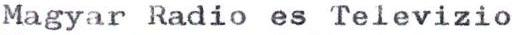
Magyar Radio es Televizio